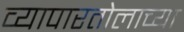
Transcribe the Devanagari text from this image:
व्यापारतोलाच्या